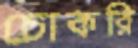
চোকরি